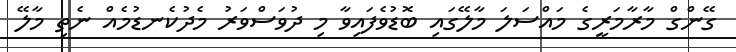
ގޭންގް މާރާމަރީގެ މައްސަލަ މާލޭގައި ބޮޑުވެފައިވާ މި ދުވަސްވަރު މެދުކެނޑުމެއް ނެތި މާލޭ